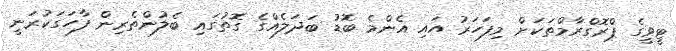
ޓީވީގެ ޕްރޮގްރާމްތަކަށް މިފަހަރު އައި އެންމެ ބޮޑު ބަަދަލެއްގެ ގޮތުގައި ބެލުންތެރިން ފާހަގަކުރަނީ